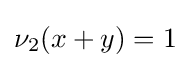
\nu _{2}(x+y)=1